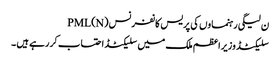
ن لیگی رہنماوں کی پریس کانفرنس PML(N)
سلیکٹڈ وزیراعظم ملک میں سلیکٹڈ احتساب کررہے ہیں ۔